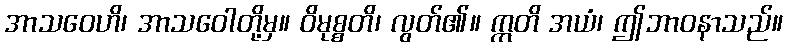
အာသဝေဟိ၊ အာသဝေါတို့မှ။ ဝိမုစ္စတိ၊ လွတ်၏။ ဣတိ အယံ၊ ဤဘာဝနာသည်။